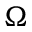
\Omega